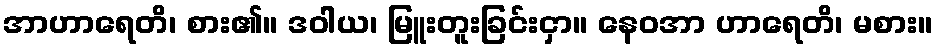
အာဟာရေတိ၊ စား၏။ ဒဝါယ၊ မြူးတူးခြင်းငှာ။ နေဝအာ ဟာရေတိ၊ မစား။